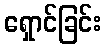
ရှောင်ခြင်း